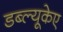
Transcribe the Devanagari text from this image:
डब्ल्यूकेए